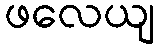
ဖလေယျ